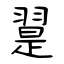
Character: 翨